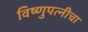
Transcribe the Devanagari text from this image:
विष्णुपत्नीचा